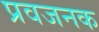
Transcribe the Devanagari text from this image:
प्रवजनक